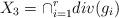
LaTeX: \begin{align*}X_3=\cap_{i=1}^{r} div(g_i)\end{align*}